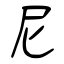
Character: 尼